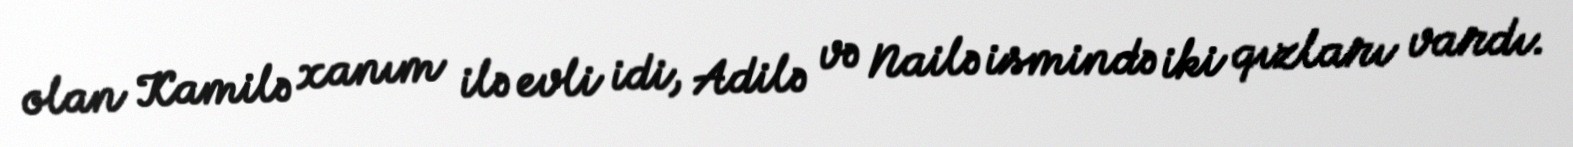
olan Kamilə xanım ilə evli idi, Adilə və Nailə ismində iki qızları vardı.